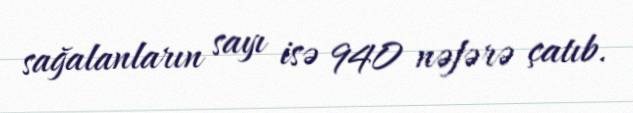
sağalanların sayı isə 940 nəfərə çatıb.